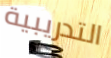
التدريبية